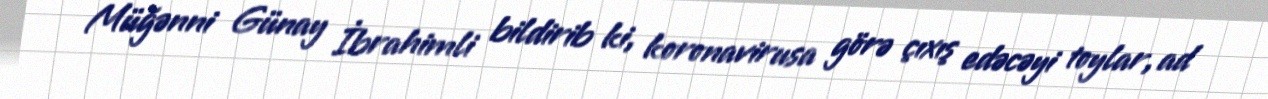
Müğənni Günay İbrahimli bildirib ki, koronavirusa görə çıxış edəcəyi toylar, ad